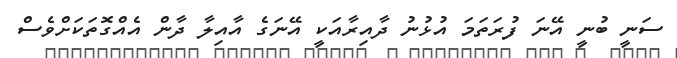
ސަނީ ބުނީ އޭނަ ފުރަތަމަ އުޅުނު ދާއިރާއަކީ އޭނަގެ އާއިލާ ދާން އެއްގޮތަކަށްވެސް